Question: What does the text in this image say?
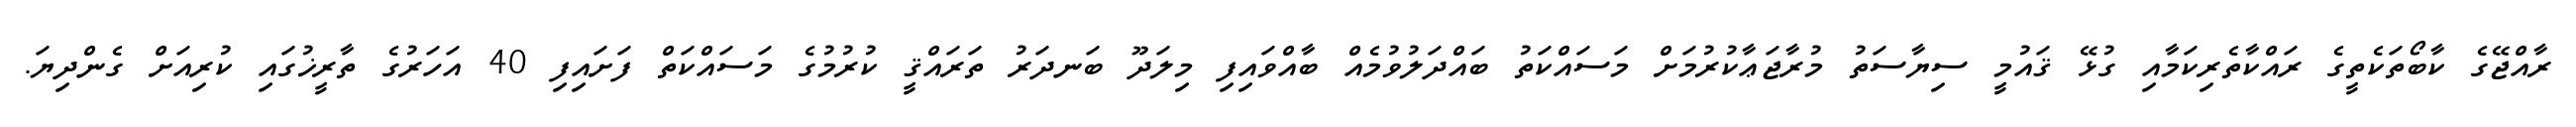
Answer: ރާއްޖޭގެ ކާބޯތަކެތީގެ ރައްކާތެރިކަމާއި ގުޅޭ ޤައުމީ ސިޔާސަތު މުރާޖަޢާކުރުމަށް މަސައްކަތު ބައްދަލުވުމެއް ބާއްވައިފި މިލަދޫ ބަނދަރު ތަރައްޤީ ކުރުމުގެ މަސައްކަތް ފަށައިފި 40 އަހަރުގެ ތާރީޚުގައި ކުރިއަށް ގެންދިޔަ.